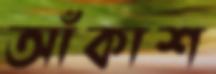
আঁকাশ